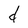
Character: d